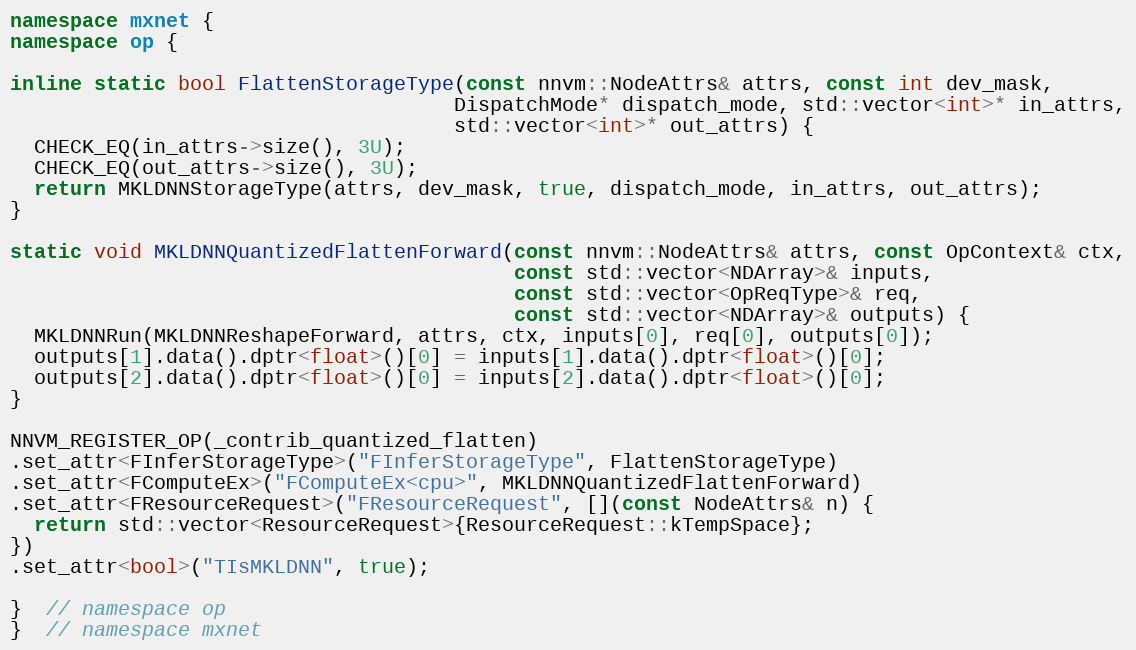
Language: C++
namespace mxnet {
namespace op {

inline static bool FlattenStorageType(const nnvm::NodeAttrs& attrs, const int dev_mask,
                                     DispatchMode* dispatch_mode, std::vector<int>* in_attrs,
                                     std::vector<int>* out_attrs) {
  CHECK_EQ(in_attrs->size(), 3U);
  CHECK_EQ(out_attrs->size(), 3U);
  return MKLDNNStorageType(attrs, dev_mask, true, dispatch_mode, in_attrs, out_attrs);
}

static void MKLDNNQuantizedFlattenForward(const nnvm::NodeAttrs& attrs, const OpContext& ctx,
                                          const std::vector<NDArray>& inputs,
                                          const std::vector<OpReqType>& req,
                                          const std::vector<NDArray>& outputs) {
  MKLDNNRun(MKLDNNReshapeForward, attrs, ctx, inputs[0], req[0], outputs[0]);
  outputs[1].data().dptr<float>()[0] = inputs[1].data().dptr<float>()[0];
  outputs[2].data().dptr<float>()[0] = inputs[2].data().dptr<float>()[0];
}

NNVM_REGISTER_OP(_contrib_quantized_flatten)
.set_attr<FInferStorageType>("FInferStorageType", FlattenStorageType)
.set_attr<FComputeEx>("FComputeEx<cpu>", MKLDNNQuantizedFlattenForward)
.set_attr<FResourceRequest>("FResourceRequest", [](const NodeAttrs& n) {
  return std::vector<ResourceRequest>{ResourceRequest::kTempSpace};
})
.set_attr<bool>("TIsMKLDNN", true);

}  // namespace op
}  // namespace mxnet